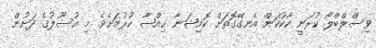
ވިސްލްބްލޯ ކުރަނީ ކާކުކަން އެނގޭގޮތަށް ކޮމިޝަނާ ޙިއްޞާ ކުރުމަށެވެ. މި އުސޫލުގެ ދަށުން